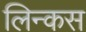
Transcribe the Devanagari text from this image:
लिन्कस